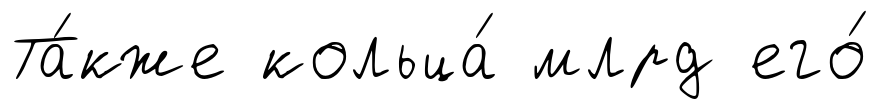
Та́кже кольца́ млрд его́